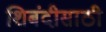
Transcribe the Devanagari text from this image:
शिबंदीसाठी